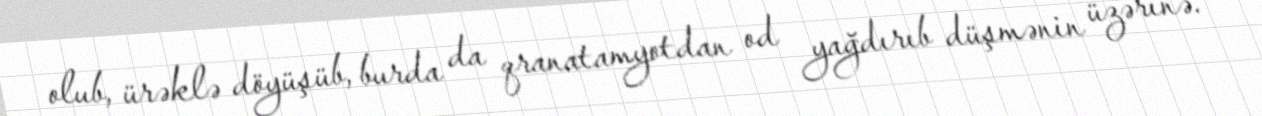
olub, ürəklə döyüşüb, burda da qranatamyotdan od yağdırıb düşmənin üzərinə.